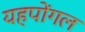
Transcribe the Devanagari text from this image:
यहपोंगल